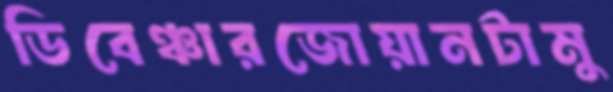
ডিবেঞ্চারজোয়ানটামু